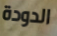
الدودة